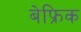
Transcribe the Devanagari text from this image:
बेफ्रिक